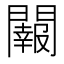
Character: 𨷂